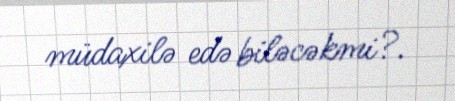
müdaxilə edə biləcəkmi?.